Vaccination North-Western Provinces 1866-1877 - 1866-1877
Year: 1866
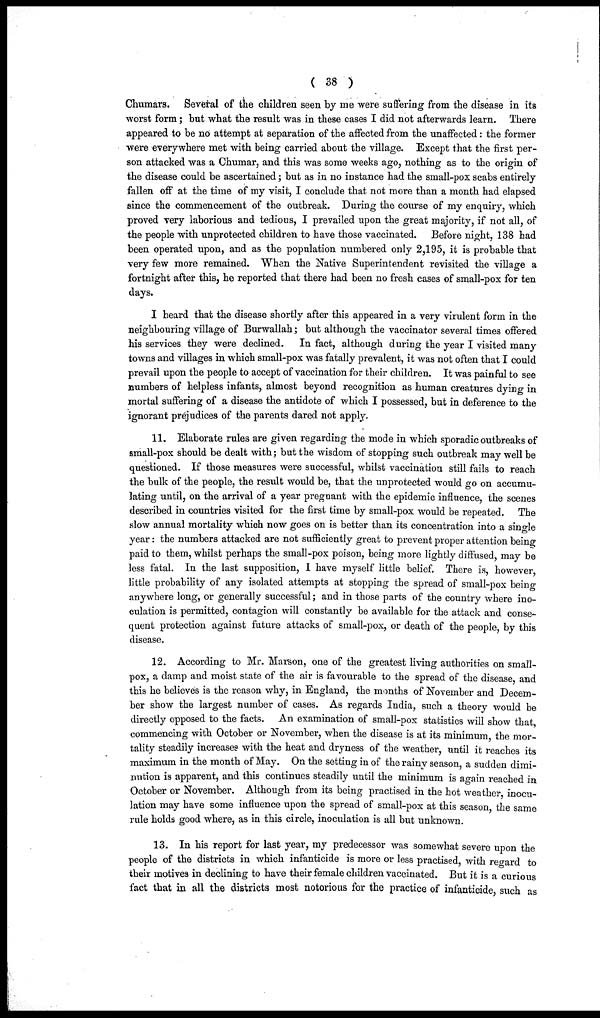
( 38 )
Chumars. Several of the children seen by me were suffering from the disease in its
worst form; but what the result was in these cases I did not afterwards learn. There
appeared to be no attempt at separation of the affected from the unaffected: the former
were everywhere met with being carried about the village. Except that the first per-
son attacked was a Chumar, and this was some weeks ago, nothing as to the origin of
the disease could be ascertained; but as in no instance had the small-pox scabs entirely
fallen off at the time of my visit, I conclude that not more than a month had elapsed
since the commencement of the outbreak. During the course of my enquiry, which
proved very laborious and tedious, I prevailed upon the great majority, if not all, of
the people with unprotected children to have those vaccinated. Before night, 138 had
been operated upon, and as the population numbered only 2,195, it is probable that
very few more remained. When the Native Superintendent revisited the village a
fortnight after this, he reported that there had been no fresh cases of small-pox for ten
days.
I heard that the disease shortly after this appeared in a very virulent form in the
neighbouring village of Burwallah; but although the vaccinator several times offered
his services they were declined.
In fact, although during the year I visited many
towns and villages in which small-pox was fatally prevalent, it was not often that I could
prevail upon the people to accept of vaccination for their children. It was painful to see
numbers of helpless infants, almost beyond recognition as human creatures dying in
mortal suffering of a disease the antidote of which I possessed, but in deference to the
ignorant prejudices of the parents dared not apply.
11. Elaborate rules are given regarding the mode in which sporadic outbreaks of
small-pox should be dealt with; but the wisdom of stopping such outbreak may well be
questioned. If those measures were successful, whilst vaccination still fails to reach
the bulk of the people, the result would be, that the unprotected would go on accumu-
lating until, on the arrival of a year pregnant with the epidemic influence, the scenes
described in countries visited for the first time by small-pox would be repeated. The
slow annual mortality which now goes on is better than its concentration into a single
year: the numbers attacked are not sufficiently great to prevent proper attention being
paid to them, whilst perhaps the small-pox poison, being more lightly diffused, may be
less fatal. In the last supposition, I have myself little belief. There is, however,
little probability of any isolated attempts at stopping the spread of small-pox being
anywhere long, or generally successful; and in those parts of the country where ino-
culation is permitted, contagion will constantly be available for the attack and conse-
quent protection against future attacks of small-pox, or death of the people, by this
disease.
12. According to Mr. Marson, one of the greatest living authorities on small-
pox, a damp and moist state of the air is favourable to the spread of the disease, and
this he believes is the reason why, in England, the months of November and Decem-
ber show the largest number of cases. As regards India, such a theory would be
directly opposed to the facts. An examination of small-pox statistics will show that,
commencing with October or November, when the disease is at its minimum, the mor-
tality steadily increases with the heat and dryness of the weather, until it reaches its
maximum in the month of May. On the setting in of the rainy season, a sudden dimi-
nution is apparent, and this continues steadily until the minimum is again reached in
October or November. Although from its being practised in the hot weather, inocu-
lation may have some influence upon the spread of small-pox at this season, the same
rule holds good where, as in this circle, inoculation is all but unknown.
13. In his report for last year, my predecessor was somewhat severe upon the
people of the districts in which infanticide is more or less practised, with regard to
their motives in declining to have their female children vaccinated. But it is a curious
fact that in all the districts most notorious for the practice of infanticide, such as